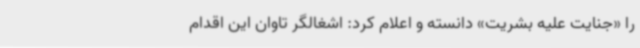
را «جنایت علیه بشریت» دانسته و اعلام کرد: اشغالگر تاوان این اقدام